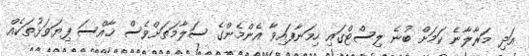
އަދި މަރާލާނެ ކަމަށް ބުނެ ލިސްޓްގައި ހިމަނާފައިވާ އެންމެންގެ ސަލާމަތަށްވެސް ޚާއްސަ ފިޔަވަޅުތަކެއް